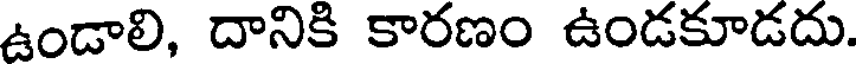
ఉండాలి, దానికి కారణం ఉండకూడదు.